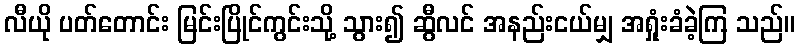
လီယို ပတ်တောင်း မြင်းပြိုင်ကွင်းသို့ သွား၍ ဆွီလင် အနည်းငယ်မျှ အရှုံးခံခဲ့ကြ သည်။